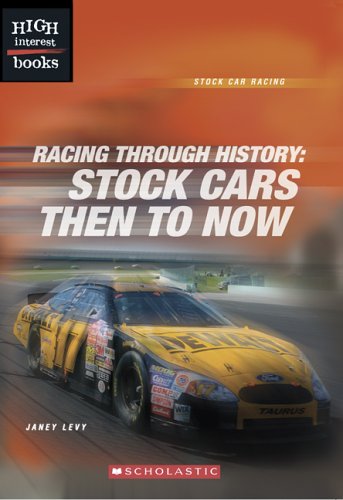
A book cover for Racing Through History: Stock Cars Then to Now (High Interest Books: Stock Car Racing); Janey Levy; Teen & Young Adult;